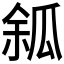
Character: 𤫿